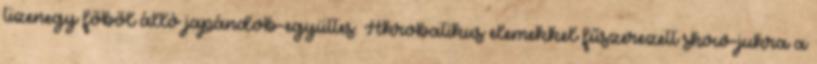
tizenegy főből álló japándob-együttes. Akrobatikus elemekkel fűszerezett show-jukra a